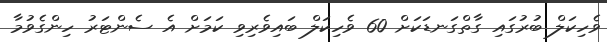
ވެހިކަލް ބުރުގައި ގާތްގަނޑަކަށް 60 ވެހިކަލް ބައިވެރިވި ކަމަށް އެ ސެންޓަރު ހިންގެވުމާ